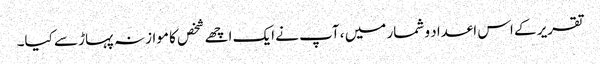
تقریر کے اس اعداد و شمار میں ، آپ نے ایک اچھے شخص کا موازنہ پہاڑ سے کیا۔